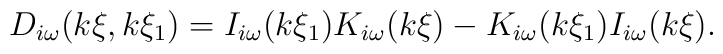
D_{i\omega }(k\xi ,k\xi _{1})=I_{i\omega }(k\xi _{1})K_{i\omega }(k\xi)-K_{i\omega }(k\xi _{1})I_{i\omega }(k\xi ).